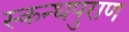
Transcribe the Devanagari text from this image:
स्कन्धपुराण